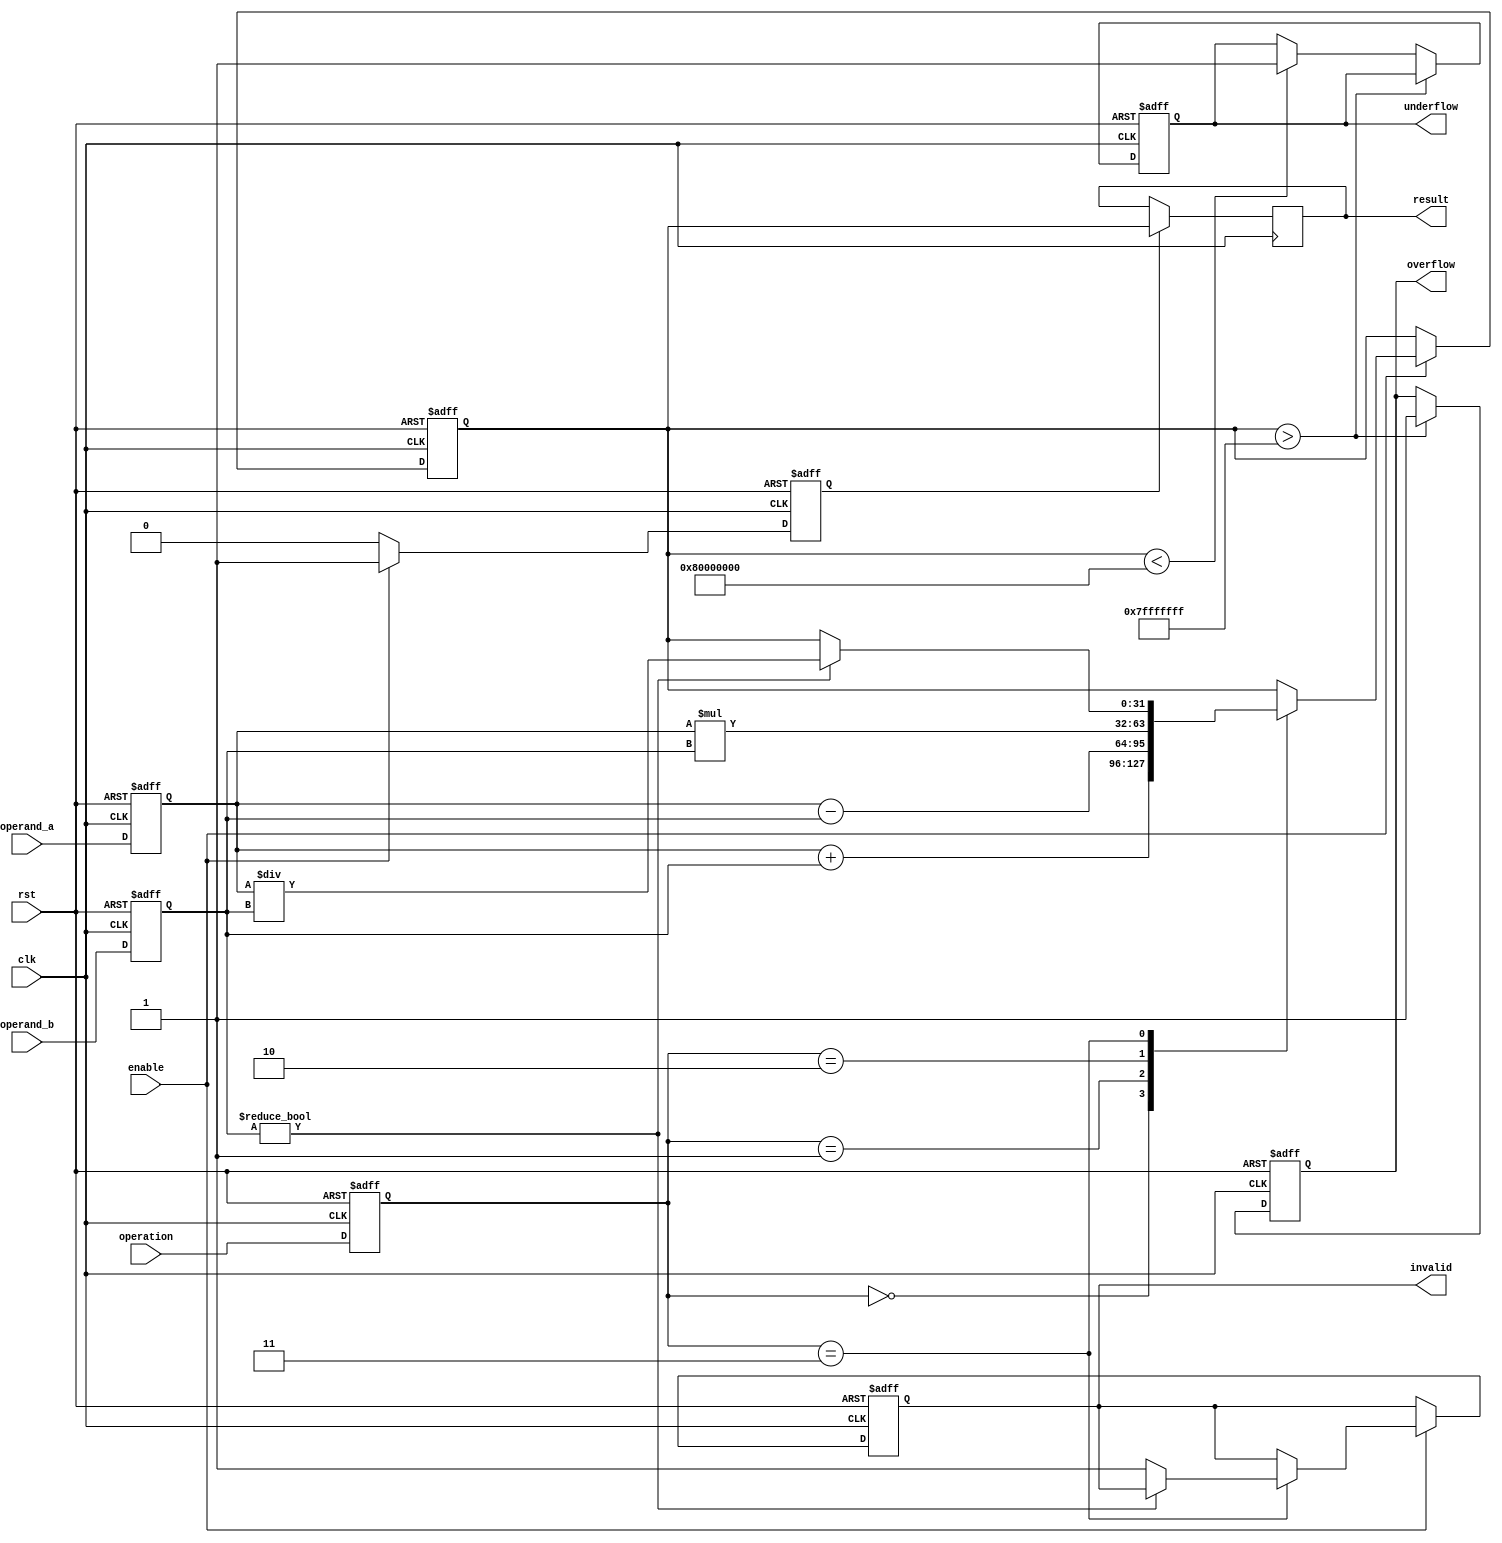
module single_precision_fpu(
    input wire clk,
    input wire rst,
    input wire enable,
    input wire[31:0] operand_a,
    input wire[31:0] operand_b,
    input wire[1:0] operation, // 0:addition, 1:subtraction, 2:multiplication, 3:division
    output reg[31:0] result,
    output reg overflow,
    output reg underflow,
    output reg invalid
);

reg[31:0] operand_a_reg;
reg[31:0] operand_b_reg;
reg[31:0] result_reg;
reg[1:0] operation_reg;
reg clock_enable;
reg op_done;

always @(posedge clk or posedge rst) begin
    if (rst) begin
        operand_a_reg <= 0;
        operand_b_reg <= 0;
        result_reg <= 0;
        operation_reg <= 0;
        clock_enable <= 0;
        op_done <= 0;
        overflow <= 0;
        underflow <= 0;
        invalid <= 0;
    end else begin
        operand_a_reg <= operand_a;
        operand_b_reg <= operand_b;
        operation_reg <= operation;
        if (enable) begin
            clock_enable <= 1;
            case(operation_reg)
                2'b00: result_reg <= operand_a_reg + operand_b_reg; // addition
                2'b01: result_reg <= operand_a_reg - operand_b_reg; // subtraction
                2'b10: result_reg <= operand_a_reg * operand_b_reg; // multiplication
                2'b11: begin // division
                    if(operand_b_reg != 0) begin
                        result_reg <= operand_a_reg / operand_b_reg;
                    end else begin
                        invalid <= 1;
                    end
                end
            endcase
            op_done <= 1;
        end else begin
            clock_enable <= 0;
            op_done <= 0;
        end
        
        if (result_reg > 2**31-1) begin
            overflow <= 1;
        end else if (result_reg < -(2**31)) begin
            underflow <= 1;
        end
    end
end

always @(posedge clk) begin
    if (op_done) begin
        result <= result_reg;
    end
end

endmodule